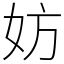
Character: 妨